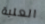
العلبة